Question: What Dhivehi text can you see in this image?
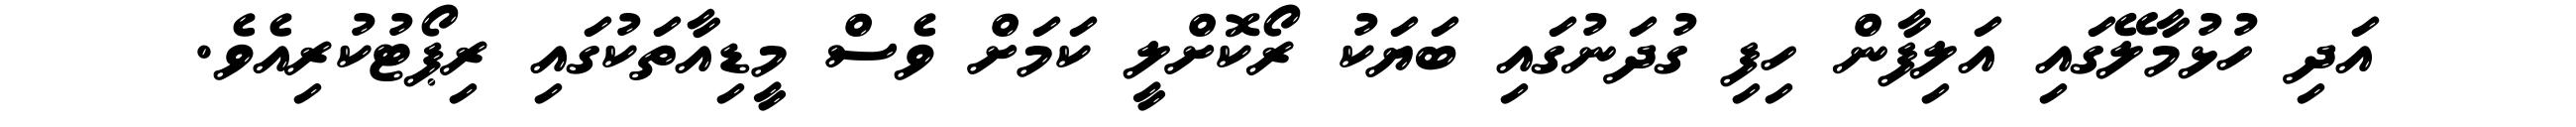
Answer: އަދި ހުޅުމާލޭގައި އަލިފާން ހިފި ގުދަނުގައި ބަޔަކު ރޯކޮށްލީ ކަމަށް ވެސް މީޑިއާތަކުގައި ރިޕޯޓުކުރިއެވެ.